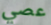
عصي